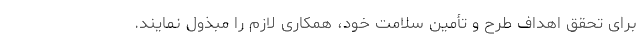
برای تحقق اهداف طرح و تأمین سلامت خود، همکاری لازم را مبذول نمایند.